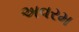
અવરમ